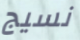
نسيج